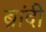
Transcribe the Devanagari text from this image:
ब्रांदी